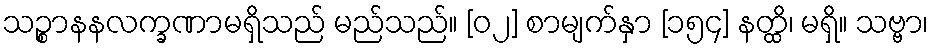
သဉ္စာနနလက္ခဏာမရှိသည် မည်သည်။ [၀၂] စာမျက်နှာ [၁၅၄] နတ္ထိ၊ မရှိ။ သဗ္ဗာ၊